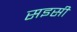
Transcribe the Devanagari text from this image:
सइसी